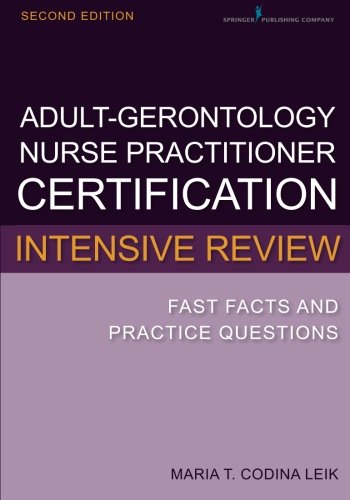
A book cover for Adult-Gerontology Nurse Practitioner Certification Intensive Review: Fast Facts and Practice Questions, Second Edition; Maria T. Codina Leik MSN  APN  BC  FNP-C; Test Preparation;